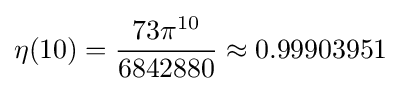
\eta (10)={{73\pi ^{10}} \over 6842880}\approx 0.99903951